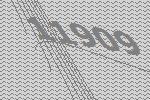
11909